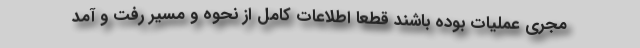
مجری عملیات بوده باشند قطعا اطلاعات کامل از نحوه و مسیر رفت و آمد